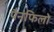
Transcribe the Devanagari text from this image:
पैनफिलो